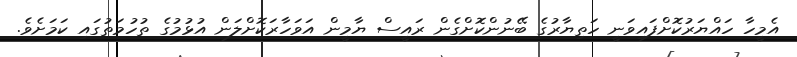
އެމީހާ ހައްޔަރުކޮށްފައިވަނީ ހަތިޔާރުގެ ބޭނުންކޮށްގެން ރައީސް ޔާމީން އަވަހާރަކޮށްލަން އުޅުމުގެ ތުހުމަތުގައި ކަމަށެވެ.